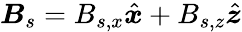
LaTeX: \boldsymbol{B}_{s}=B_{s,x}\hat{\boldsymbol{x}}+B_{s,z}\hat{\boldsymbol{z}}